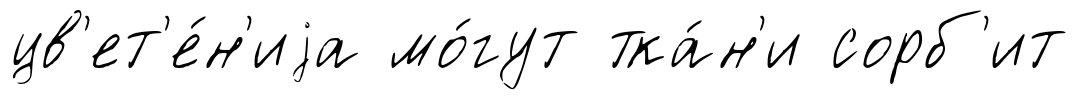
цв'ет'е́н'иjа мо́гут тка́н'и сорб'ит